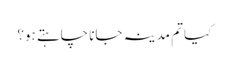
کیا تم مدینہ جانا چاہتے ہو؟